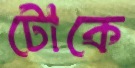
টোকে